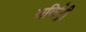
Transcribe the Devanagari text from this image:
सर्किट्री